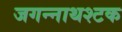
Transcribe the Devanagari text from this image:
जगन्नाथश्टक